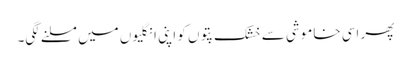
پھر اسی خاموشی سے خشک پتوں کو اپنی انگلیوں میں مسلنے لگی۔